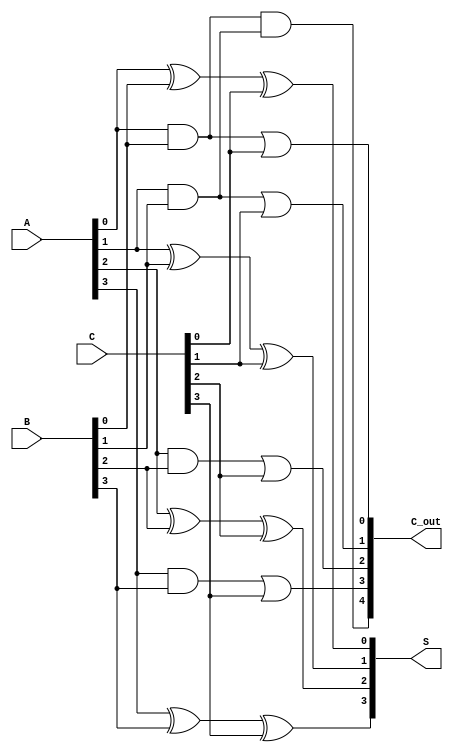
module dynamic_carry_save_adder (
    input [3:0] A, // 4-bit input A
    input [3:0] B, // 4-bit input B
    input [3:0] C, // 4-bit input C
    output [4:0] S, // 5-bit sum output
    output [4:0] C_out // 5-bit carry output
);

    // Intermediate carry signals
    wire [3:0] carry1, carry2;
    
    // Generate first level carries
    assign carry1[0] = A[0] & B[0]; // C0
    assign carry1[1] = A[1] & B[1];
    assign carry1[2] = A[2] & B[2];
    assign carry1[3] = A[3] & B[3];
    
    // Generate second level carries
    assign carry2[0] = carry1[0] | C[0]; // C1
    assign carry2[1] = carry1[1] | C[1];
    assign carry2[2] = carry1[2] | C[2];
    assign carry2[3] = carry1[3] | C[3];

    // Sum calculations using XOR gates
    assign S[0] = A[0] ^ B[0] ^ C[0]; // S0
    assign S[1] = A[1] ^ B[1] ^ C[1]; // S1
    assign S[2] = A[2] ^ B[2] ^ C[2]; // S2
    assign S[3] = A[3] ^ B[3] ^ C[3]; // S3

    // Final carry output
    assign C_out[0] = carry2[0]; // C0
    assign C_out[1] = carry2[1]; // C1
    assign C_out[2] = carry2[2]; // C2
    assign C_out[3] = carry2[3]; // C3
    assign C_out[4] = carry1[0] & carry1[1]; // Generating a higher carry

endmodule